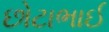
છોટાભાઈ